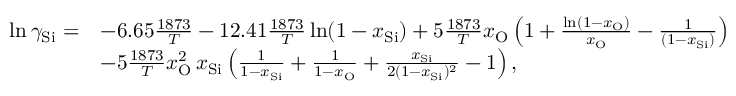
\begin{array} { r l } { \ln \gamma _ { \mathrm { S i } } = } & { - 6 . 6 5 \frac { 1 8 7 3 } { T } - 1 2 . 4 1 \frac { 1 8 7 3 } { T } \ln ( 1 - x _ { \mathrm { S i } } ) + 5 \frac { 1 8 7 3 } { T } x _ { \mathrm { O } } \left( 1 + \frac { \ln ( 1 - x _ { \mathrm { O } } ) } { x _ { \mathrm { O } } } - \frac { 1 } { ( 1 - x _ { \mathrm { S i } } ) } \right) } \\ & { - 5 \frac { 1 8 7 3 } { T } x _ { \mathrm { O } } ^ { 2 } \, x _ { \mathrm { S i } } \left( \frac { 1 } { 1 - x _ { \mathrm { S i } } } + \frac { 1 } { 1 - x _ { \mathrm { O } } } + \frac { x _ { \mathrm { S i } } } { 2 ( 1 - x _ { \mathrm { S i } } ) ^ { 2 } } - 1 \right) , } \end{array}